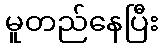
မူတည်နေပြီး